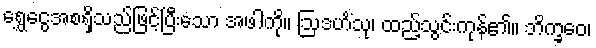
ရွှေငွေအစရှိသည်ဖြင့်ပြီးသော အဖါကို။ ဩဒဟိံသု၊ ထည့်သွင်းကုန်၏။ ဘိက္ခဝေ၊